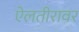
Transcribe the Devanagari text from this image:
ऐलतीरावर